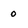
Character: 0